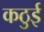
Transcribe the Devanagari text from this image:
कठुई